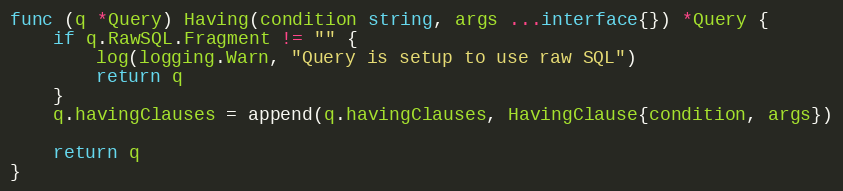
Language: Go
func (q *Query) Having(condition string, args ...interface{}) *Query {
	if q.RawSQL.Fragment != "" {
		log(logging.Warn, "Query is setup to use raw SQL")
		return q
	}
	q.havingClauses = append(q.havingClauses, HavingClause{condition, args})

	return q
}